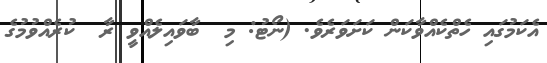
އެކަމުގައި ހެތްކެއްވާކަން ކަށަވަރެވެ. (ނޯޓު: މި  ބާވައިލެއްވީ ރާ  ކުރެއްވުމުގެ